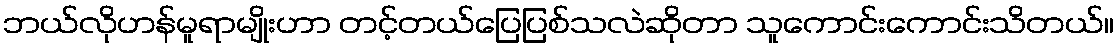
ဘယ်လိုဟန်မူရာမျိုးဟာ တင့်တယ်ပြေပြစ်သလဲဆိုတာ သူကောင်းကောင်းသိတယ်။